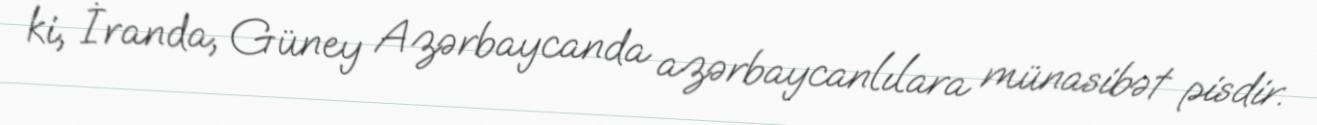
ki, İranda, Güney Azərbaycanda azərbaycanlılara münasibət pisdir.